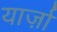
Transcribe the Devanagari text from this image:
यार्ज़ा